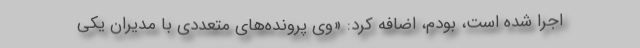
اجرا شده است، بودم، اضافه کرد: «وی پرونده‌های متعددی با مدیران یکی